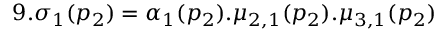
9 . \sigma _ { 1 } ( p _ { 2 } ) = \alpha _ { 1 } ( p _ { 2 } ) . \mu _ { 2 , 1 } ( p _ { 2 } ) . \mu _ { 3 , 1 } ( p _ { 2 } )